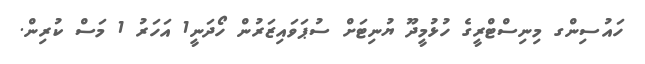
ހައުސިންގ މިނިސްޓްރީގެ ހުޅުމީދޫ ޔުނިޓަށް ސުޕަވައިޒަރުން ހޯދަނީ1 އަހަރު 1 މަސް ކުރިން.